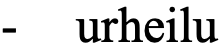
- urheilu